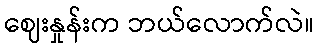
ဈေးနှုန်းက ဘယ်လောက်လဲ။